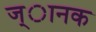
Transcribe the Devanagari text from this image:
ज्ानक